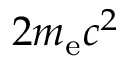
2 m _ { \mathrm { e } } c ^ { 2 }